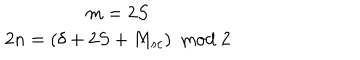
\begin{array} { c } { { m = 2 S } } \\ { { 2 n = ( \delta + 2 S + M _ { s c } ) \: \bmod 2 } } \\ \end{array}